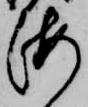
海